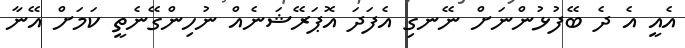
އެއީ އެ ދެ ބޭފުޅުންނަށް ނޭނގި އެފަދަ އޮޕަރޭޝަނެއް ނުހިންގޭނެތީ ކަމަށް އޭނާ